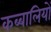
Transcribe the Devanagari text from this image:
कब्बालियों